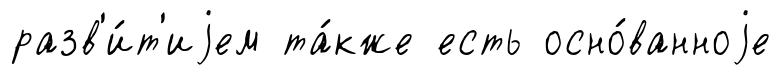
разв'и́т'иjем та́кже есть осно́ванноjе